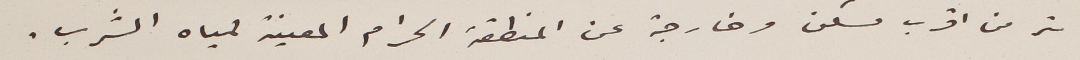
متر من اقرب مسكن وخارجة عن المنطقة الحرام المعينة لمياه الشرب.